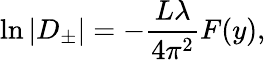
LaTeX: \ln\vert D_{\pm}\vert=-\frac{L\lambda}{4\pi^{2}}F(y),